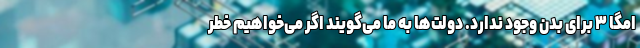
امگا ۳ برای بدن وجود ندارد. دولت‌ها به ما می‌گویند اگر می‌خواهیم خطر